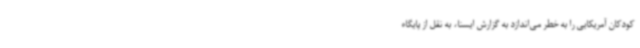
کودکان آمریکایی را به خطر می‌اندازد به گزارش ایسنا، به نقل از پایگاه